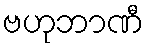
ဗဟုဘာဏီ